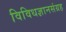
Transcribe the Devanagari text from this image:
विविधज्ञानसंग्रह